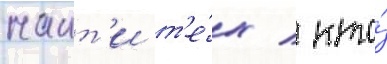
наит'и т'е́х / кто́